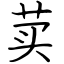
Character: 荬